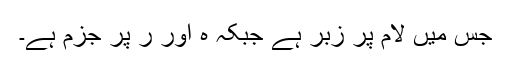
جس میں لام پر زبر ہے جبکہ ہ اور ر پر جزم ہے۔